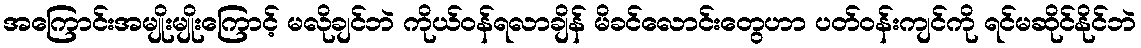
အကြောင်းအမျိုးမျိုးကြောင့် မလိုချင်ဘဲ ကိုယ်ဝန်ရလာချိန် မိခင်လောင်းတွေဟာ ပတ်ဝန်းကျင်ကို ရင်မဆိုင်နိုင်ဘဲ